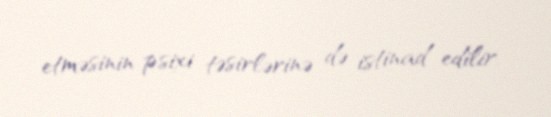
etməsinin psixi təsirlərinə də istinad edilir.